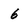
Character: 6